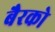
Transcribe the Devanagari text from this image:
बैरको